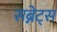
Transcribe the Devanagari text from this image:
सब्नेट्स